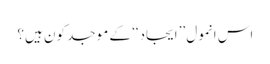
اس انمول ’’ایجاد‘‘ کے موجد کون ہیں؟